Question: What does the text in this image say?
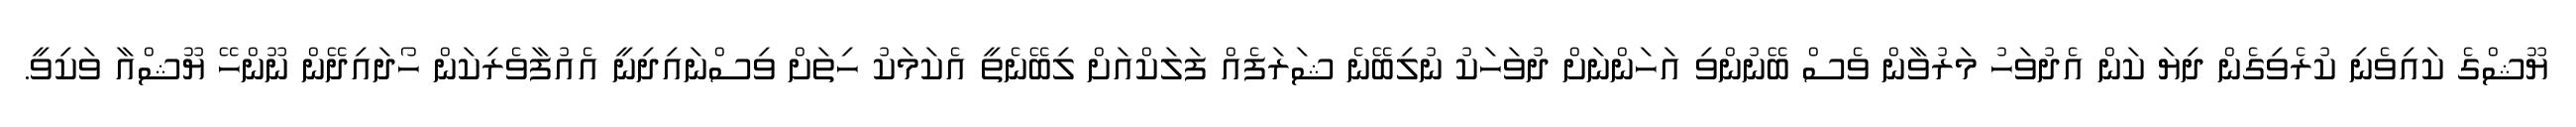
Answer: ޔޫޝްގެ ކައިވެނި ކުރެވިގެން ދިޔަ ކަން އެދުވަހު މަރުވާން ވެސް ބޭނުންވި އަހަންނަށް ދުވަހަކު ނުލިބޭނެ ޝަރަފެއް ފަލަކްއަށް ލިބޭނެތީ އެކަމަކު ހިތަށް ވިސްނައިދިނީ އެއުފާވެރިކަން ހޯދައިދޭން ނޫންހޭ ޔޫޝްއާ ވަކިވީ.